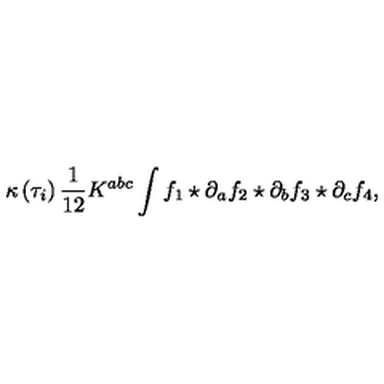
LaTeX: \kappa \left( \tau _ { i } \right) \frac { 1 } { 1 2 } K ^ { a b c } \int f _ { 1 } \star \partial _ { a } f _ { 2 } \star \partial _ { b } f _ { 3 } \star \partial _ { c } f _ { 4 } ,